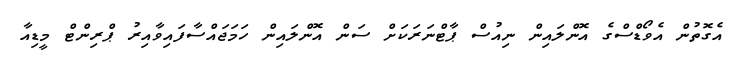
އެގޮތުން އެވޯޑްސްގެ އޮންލައިން ނިއުސް ޕާޓްނަރަކަށް ސަން އޮންލައިން ހަމަޖައްސާފައިވާއިރު ޕްރިންޓް މީޑިއާ